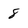
Character: 8